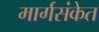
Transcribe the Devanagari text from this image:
मार्गसंकेत